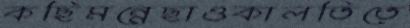
কছিমন্নেছাওকালতিতে